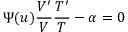
\Psi ( u ) \frac { V ^ { \prime } } { V } \frac { T ^ { \prime } } { T } - \alpha = 0